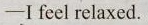
-I feel relaxed.